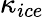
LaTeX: \kappa_{ice}